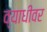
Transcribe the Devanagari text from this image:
व्याधीवर